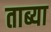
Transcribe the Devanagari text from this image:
ताब्या